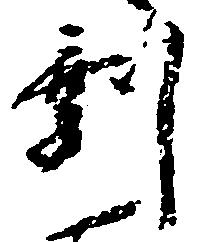
剰